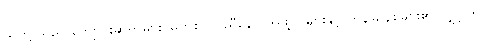
သူတို့ သည် ကျောင်းဆရာများ၊ မွတ်စလင်ညီနောင်အဖွဲ့ဝင်များနှင့် ကွန်မြူနစ်များ၏ လျှို့ဝှက်